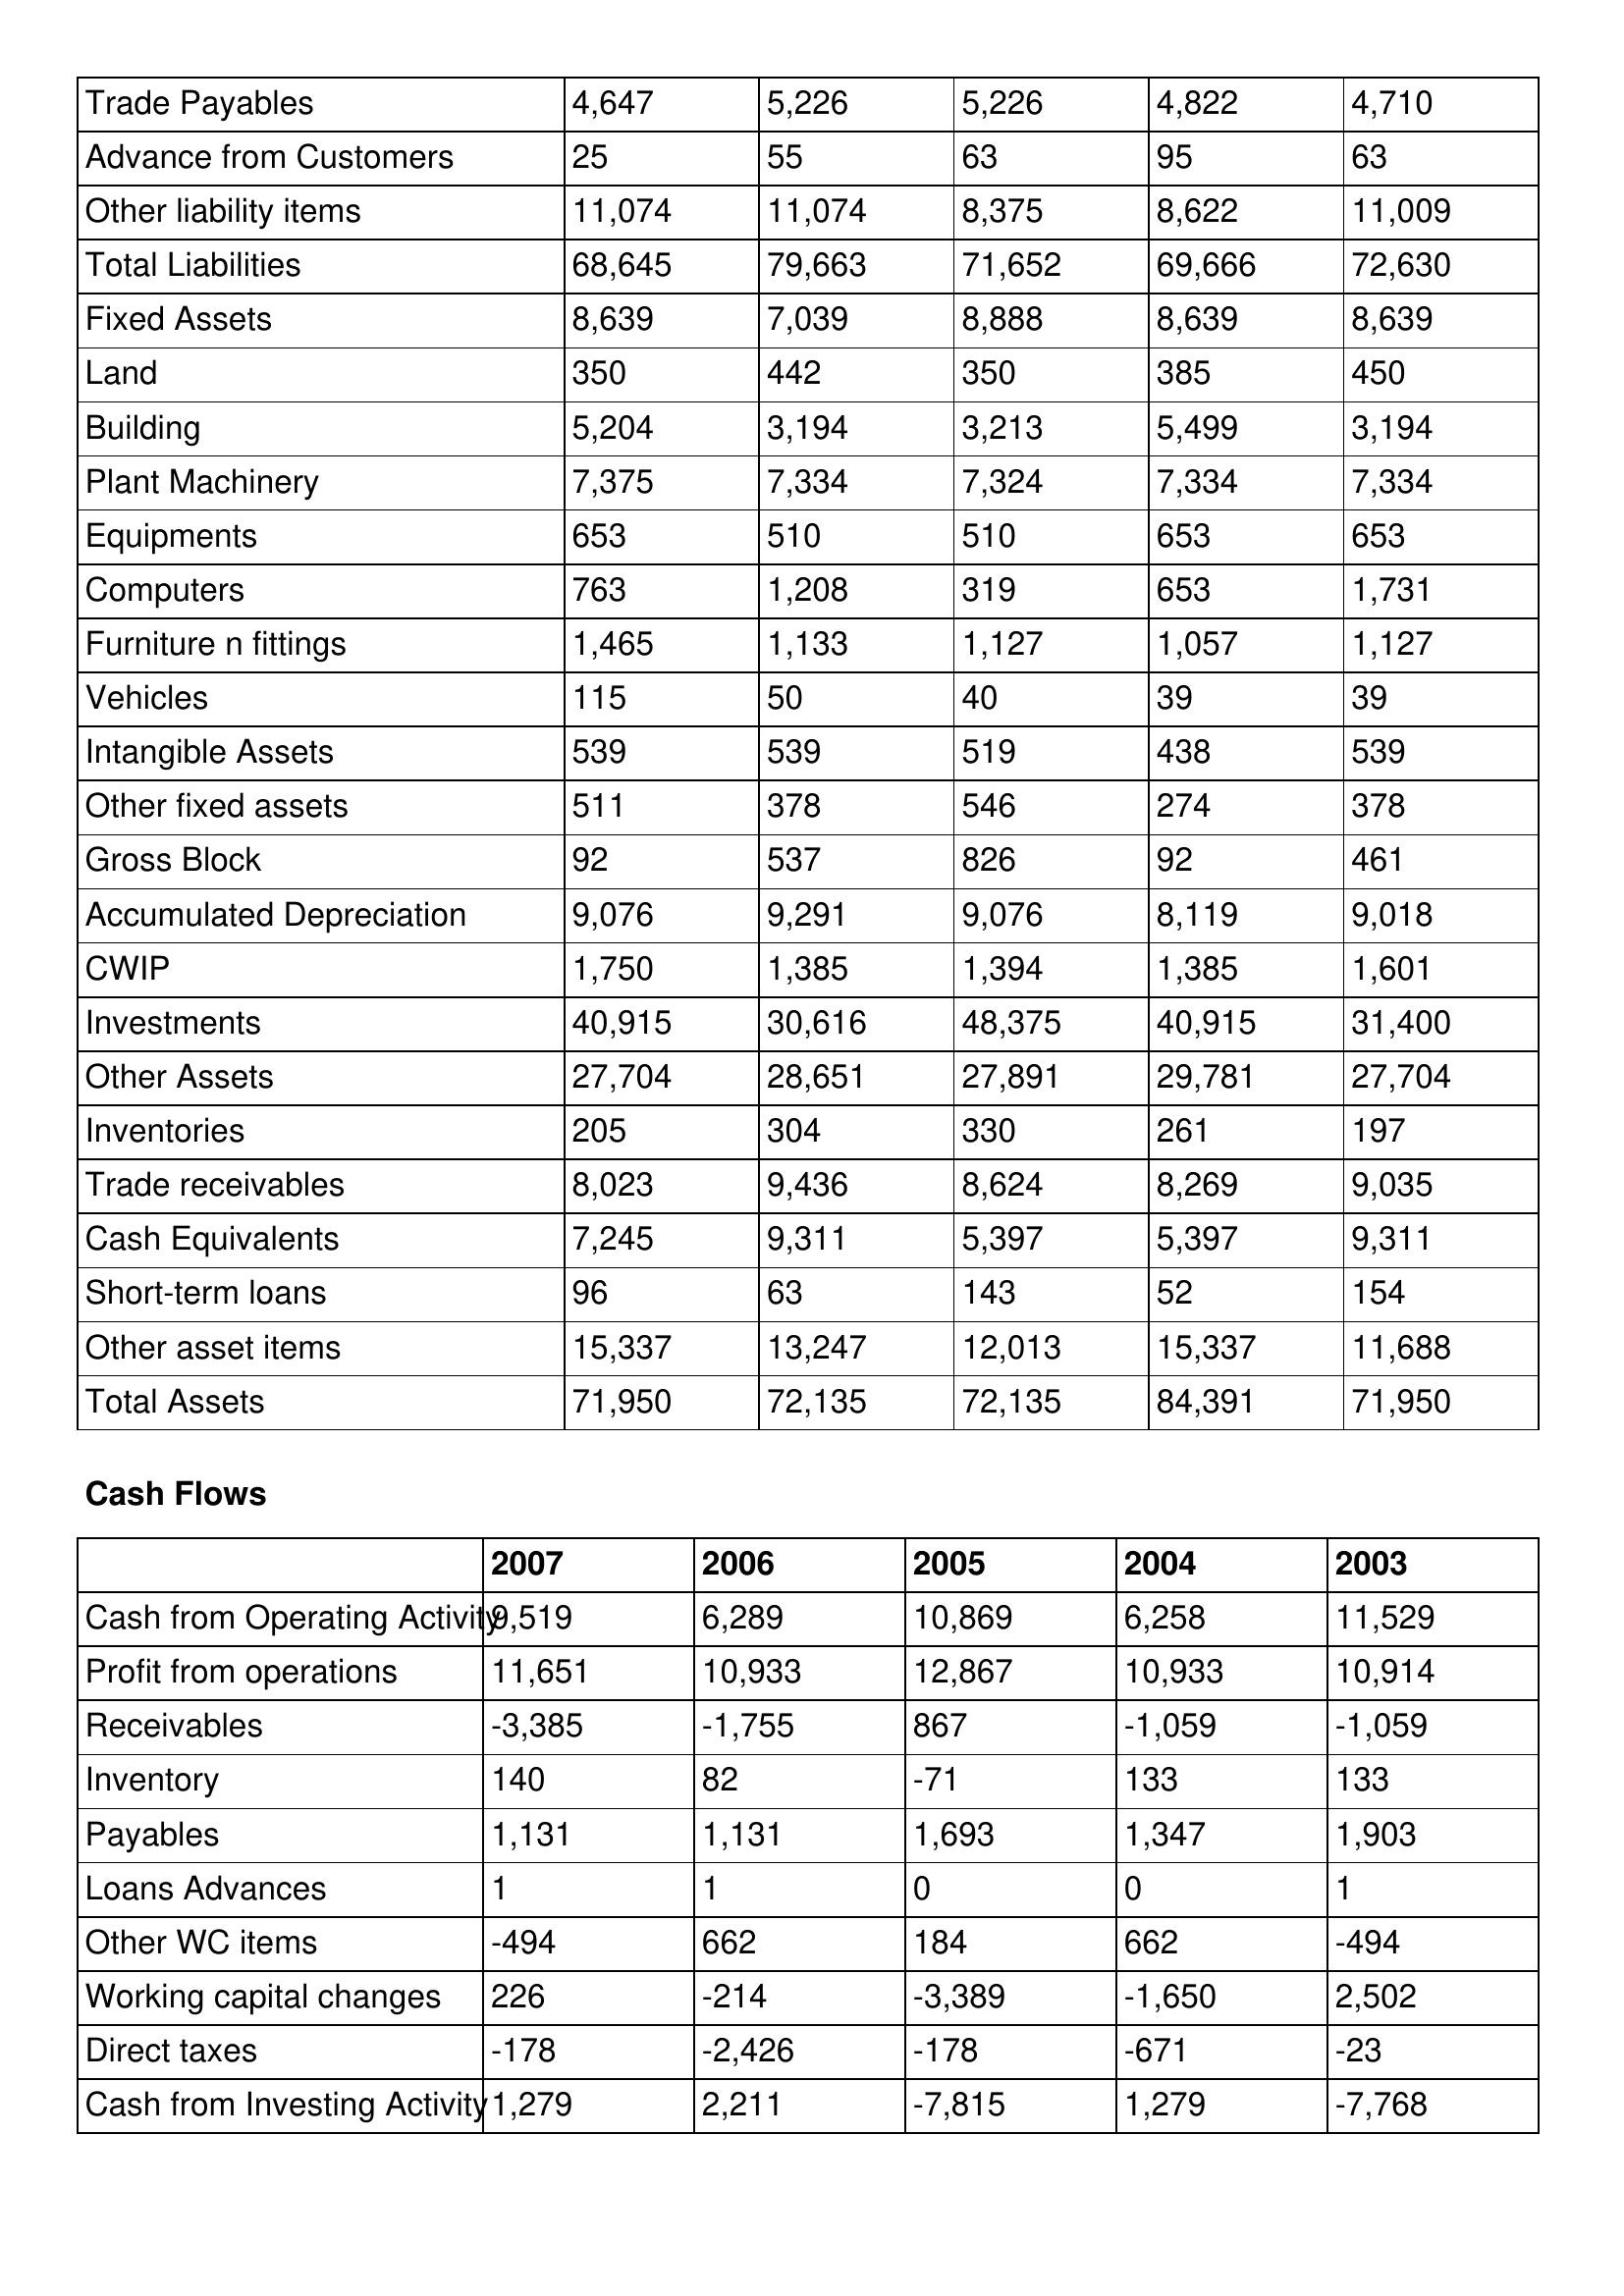
gt_parse: 2007: Balance Sheet: Trade Payables: 4,647
Advance from Customers: 25
Other liability items: 11,074
Total Liabilities: 68,645
Fixed Assets: 8,639
Land: 350
Building: 5,204
Plant Machinery: 7,375
Equipments: 653
Computers: 763
Furniture n fittings: 1,465
Vehicles: 115
Intangible Assets: 539
Other fixed assets: 511
Gross Block: 92
Accumulated Depreciation: 9,076
CWIP: 1,750
Investments: 40,915
Other Assets: 27,704
Inventories: 205
Trade receivables: 8,023
Cash Equivalents: 7,245
Short-term loans: 96
Other asset items: 15,337
Total Assets: 71,950
Cash Flows: Cash from Operating Activity: 9,519
Profit from operations: 11,651
Receivables: -3,385
Inventory: 140
Payables: 1,131
Loans Advances: 1
Other WC items: -494
Working capital changes: 226
Direct taxes: -178
Cash from Investing Activity: 1,279
2006: Balance Sheet: Trade Payables: 5,226
Advance from Customers: 55
Other liability items: 11,074
Total Liabilities: 79,663
Fixed Assets: 7,039
Land: 442
Building: 3,194
Plant Machinery: 7,334
Equipments: 510
Computers: 1,208
Furniture n fittings: 1,133
Vehicles: 50
Intangible Assets: 539
Other fixed assets: 378
Gross Block: 537
Accumulated Depreciation: 9,291
CWIP: 1,385
Investments: 30,616
Other Assets: 28,651
Inventories: 304
Trade receivables: 9,436
Cash Equivalents: 9,311
Short-term loans: 63
Other asset items: 13,247
Total Assets: 72,135
Cash Flows: Cash from Operating Activity: 6,289
Profit from operations: 10,933
Receivables: -1,755
Inventory: 82
Payables: 1,131
Loans Advances: 1
Other WC items: 662
Working capital changes: -214
Direct taxes: -2,426
Cash from Investing Activity: 2,211
2005: Balance Sheet: Trade Payables: 5,226
Advance from Customers: 63
Other liability items: 8,375
Total Liabilities: 71,652
Fixed Assets: 8,888
Land: 350
Building: 3,213
Plant Machinery: 7,324
Equipments: 510
Computers: 319
Furniture n fittings: 1,127
Vehicles: 40
Intangible Assets: 519
Other fixed assets: 546
Gross Block: 826
Accumulated Depreciation: 9,076
CWIP: 1,394
Investments: 48,375
Other Assets: 27,891
Inventories: 330
Trade receivables: 8,624
Cash Equivalents: 5,397
Short-term loans: 143
Other asset items: 12,013
Total Assets: 72,135
Cash Flows: Cash from Operating Activity: 10,869
Profit from operations: 12,867
Receivables: 867
Inventory: -71
Payables: 1,693
Loans Advances: 0
Other WC items: 184
Working capital changes: -3,389
Direct taxes: -178
Cash from Investing Activity: -7,815
2004: Balance Sheet: Trade Payables: 4,822
Advance from Customers: 95
Other liability items: 8,622
Total Liabilities: 69,666
Fixed Assets: 8,639
Land: 385
Building: 5,499
Plant Machinery: 7,334
Equipments: 653
Computers: 653
Furniture n fittings: 1,057
Vehicles: 39
Intangible Assets: 438
Other fixed assets: 274
Gross Block: 92
Accumulated Depreciation: 8,119
CWIP: 1,385
Investments: 40,915
Other Assets: 29,781
Inventories: 261
Trade receivables: 8,269
Cash Equivalents: 5,397
Short-term loans: 52
Other asset items: 15,337
Total Assets: 84,391
Cash Flows: Cash from Operating Activity: 6,258
Profit from operations: 10,933
Receivables: -1,059
Inventory: 133
Payables: 1,347
Loans Advances: 0
Other WC items: 662
Working capital changes: -1,650
Direct taxes: -671
Cash from Investing Activity: 1,279
2003: Balance Sheet: Trade Payables: 4,710
Advance from Customers: 63
Other liability items: 11,009
Total Liabilities: 72,630
Fixed Assets: 8,639
Land: 450
Building: 3,194
Plant Machinery: 7,334
Equipments: 653
Computers: 1,731
Furniture n fittings: 1,127
Vehicles: 39
Intangible Assets: 539
Other fixed assets: 378
Gross Block: 461
Accumulated Depreciation: 9,018
CWIP: 1,601
Investments: 31,400
Other Assets: 27,704
Inventories: 197
Trade receivables: 9,035
Cash Equivalents: 9,311
Short-term loans: 154
Other asset items: 11,688
Total Assets: 71,950
Cash Flows: Cash from Operating Activity: 11,529
Profit from operations: 10,914
Receivables: -1,059
Inventory: 133
Payables: 1,903
Loans Advances: 1
Other WC items: -494
Working capital changes: 2,502
Direct taxes: -23
Cash from Investing Activity: -7,768